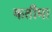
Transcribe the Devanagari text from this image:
कतीमा